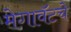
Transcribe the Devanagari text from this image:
मेगावॅटचे